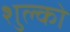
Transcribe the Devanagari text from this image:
शुल्को